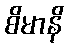
စိမာနိ